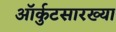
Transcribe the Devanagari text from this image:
ऑर्कुटसारख्या